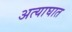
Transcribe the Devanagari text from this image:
अत्याघात